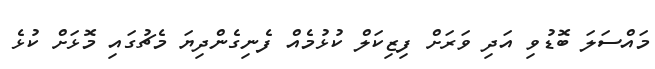
މައްސަލަ ބޮޑުވި އަދި ވަރަށް ފިޒިކަލް ކުޅުމެއް ފެނިގެންދިޔަ މެޗުގައި މޮޅަށް ކުޅެ